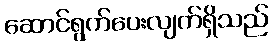
ဆောင်ရွက်ပေးလျက်ရှိသည်